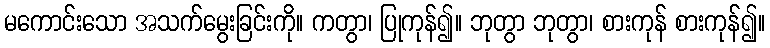
မကောင်းသော အသက်မွေးခြင်းကို။ ကတွာ၊ ပြုကုန်၍။ ဘုတွာ ဘုတွာ၊ စားကုန် စားကုန်၍။